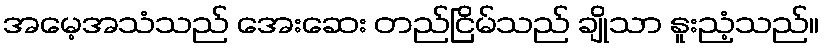
အမေ့အသံသည် အေးဆေး တည်ငြိမ်သည် ချိုသာ နူးညံ့သည်။